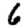
Digit: 6